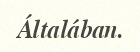
Általában.